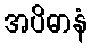
အပိဓာနံ